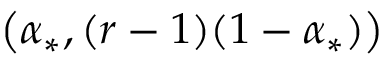
\big ( \alpha _ { * } , ( r - 1 ) ( 1 - \alpha _ { * } ) \big )